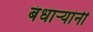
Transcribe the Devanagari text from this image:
बंधाऱ्यांनी